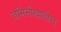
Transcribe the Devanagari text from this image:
जमिनीखालीच